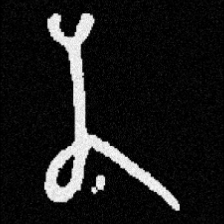
Pyu character \u2014 Myanmar letter: န (romanized: na)